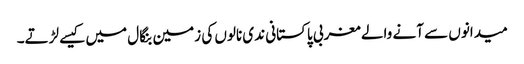
میدانوں سے آنے والے مغربی پاکستانی ندی نالوں کی زمین بنگال میں کیسے لڑتے۔